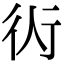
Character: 𧗟